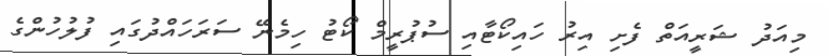
މިއަދު ޝަރީއަތް ފެށި އިރު ހައިކޯޓާއި ސުޕުރީމް ކޯޓު ހިމެނޭ ސަރަހައްދުގައި ފުލުހުންގެ